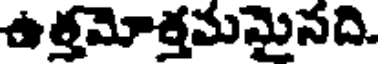
ఉత్తమోత్తమమైనది.